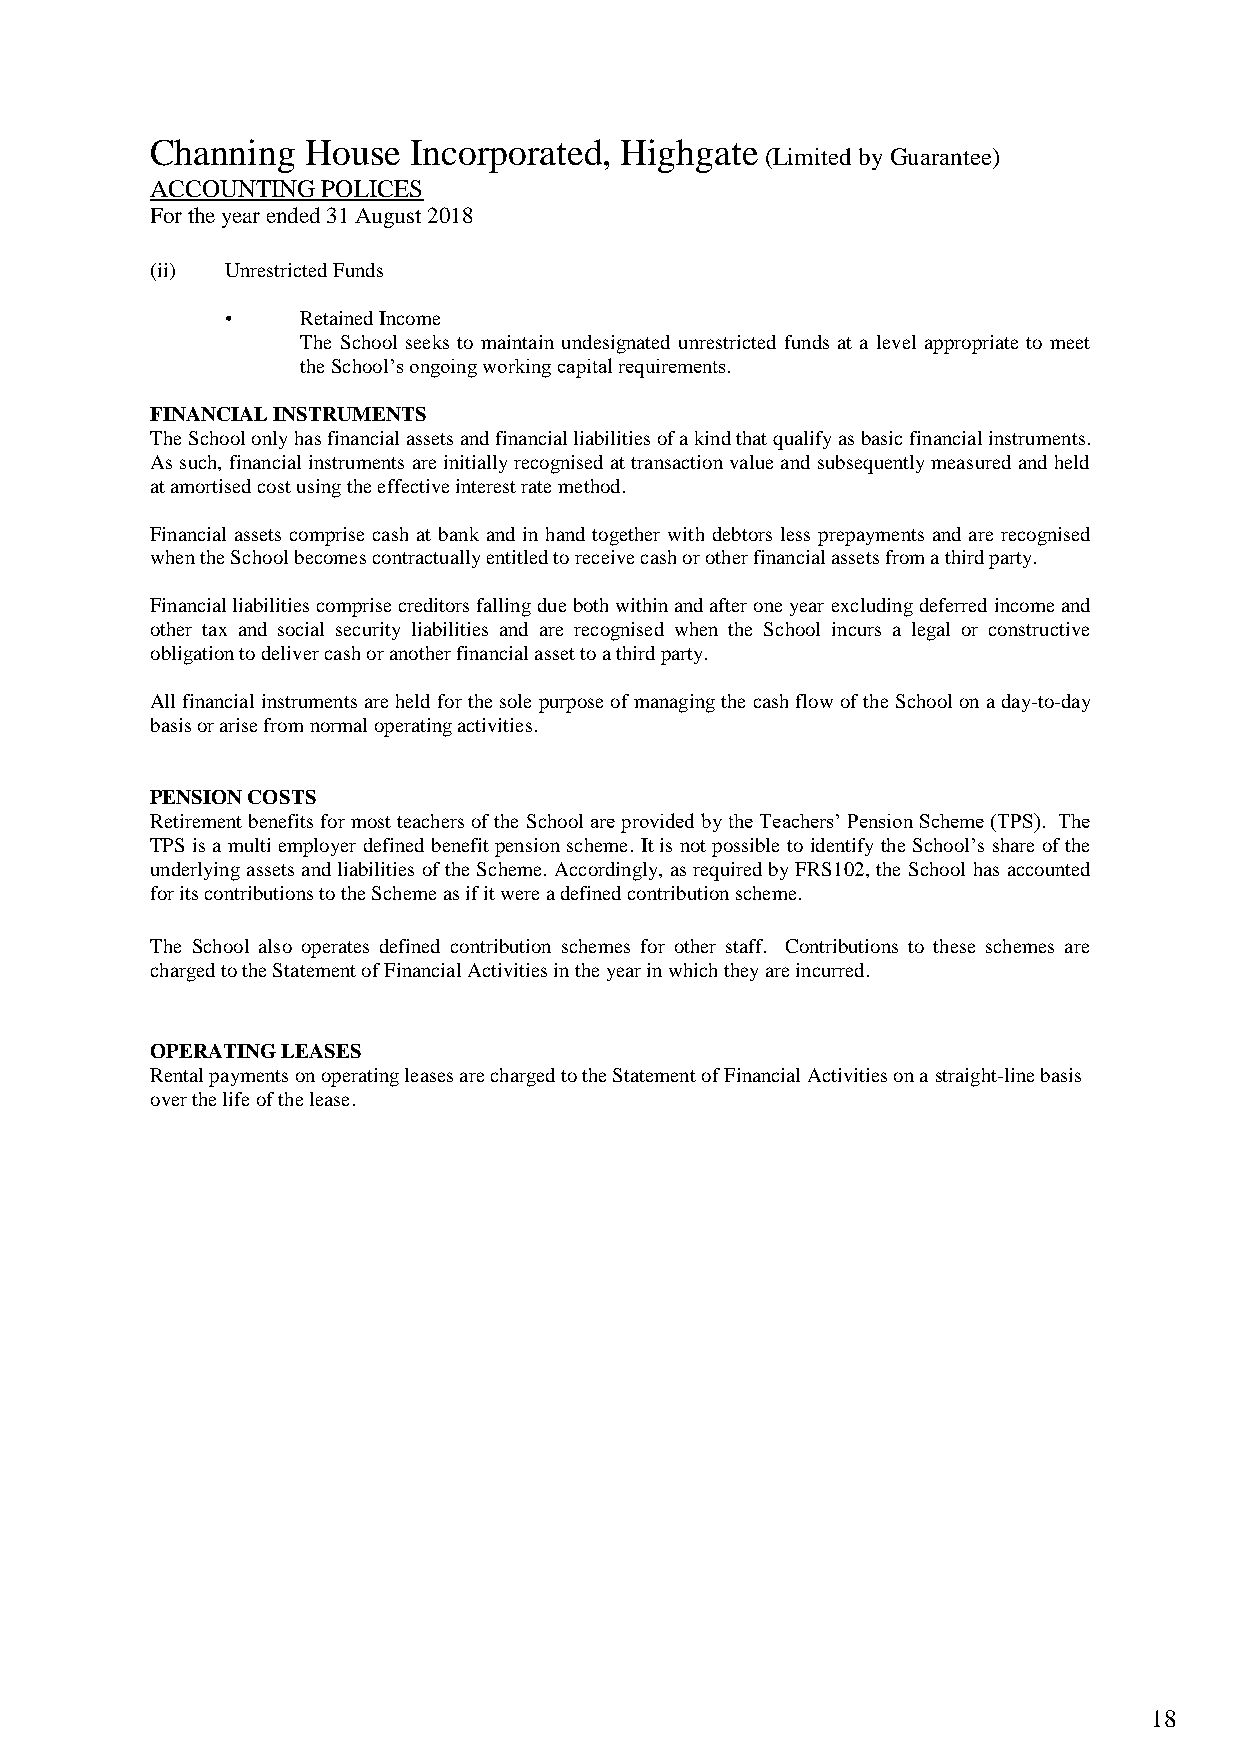
Channing  House  Incorporated, Highgate
 (Limited by Guarantee)
 ACCOUNTING POLICES
 For the year ended 31 August 2018
 (ii) Unrestricted Funds
 •    Retained Income
 The School seeks to maintain undesignated unrestricted funds at a level appropriate to meet
 the School’s ongoing working capital requirements.
 FINANCIAL INSTRUMENTS
 The School only has financial assets and financial liabilities of a kind that qualify as basic financial instruments.
 As such, financial instruments are initially recognised at transaction value and subsequently measured and held
 at amortised cost using the effective interest rate method.
 Financial assets comprise cash at bank and in hand together with debtors less prepayments and are recognised
 when the School becomes contractually entitled to receive cash or other financial assets from a third party.
 Financial liabilities comprise creditors falling due both within and after one year excluding deferred income and
 other tax and social security liabilities and are recognised when the School incurs a legal or constructive
 obligation to deliver cash or another financial asset to a third party.
 All financial instruments are held for the sole purpose of managing the cash flow of the School on a day-to-day
 basis or arise from normal operating activities.
 PENSION COSTS
 Retirement benefits for most teachers of the School are provided by the Teachers’ Pension Scheme (TPS). The
 TPS is a multi employer defined benefit pension scheme. It is not possible to identify the School’s share of the
 underlying assets and liabilities of the Scheme. Accordingly, as required by FRS102, the School has accounted
 for its contributions to the Scheme as if it were a defined contribution scheme.
 The School also operates defined contribution schemes for other staff. Contributions to these schemes are
 charged to the Statement of Financial Activities in the year in which they are incurred.
 OPERATING LEASES
 Rental payments on operating leases are charged to the Statement of Financial Activities on a straight-line basis
 over the life of the lease.
 18